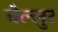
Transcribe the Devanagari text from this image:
चेल्लुर